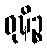
ဝုဍ္ဎိဉ္စ